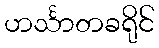
ဟင်္သာတခရိုင်